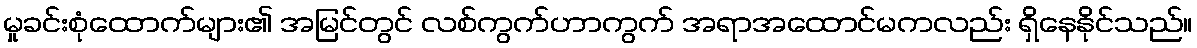
မှုခင်းစုံထောက်များ၏ အမြင်တွင် လစ်ကွက်ဟာကွက် အရာအထောင်မကလည်း ရှိနေနိုင်သည်။